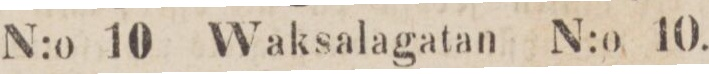
N:o 10 Waksalagatan N:o 10.